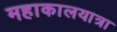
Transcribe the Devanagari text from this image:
महाकालयात्रा